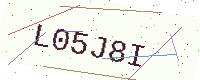
Text: L05J8I